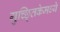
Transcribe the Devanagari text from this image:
गुच्छ्तिकेमध्ये